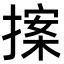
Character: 𭢀